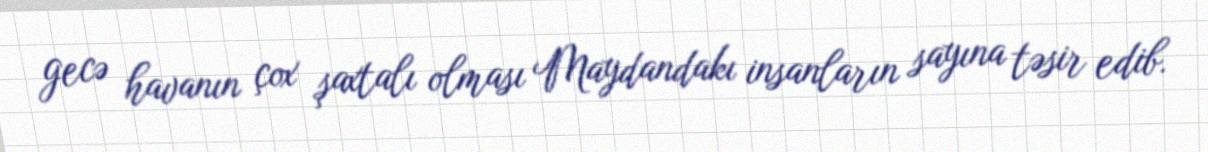
gecə havanın çox şaxtalı olması Maydandakı insanların sayına təsir edib.